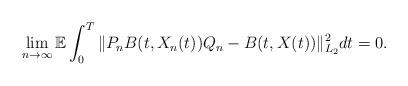
LaTeX: \begin{align*}\lim_{n\rightarrow\infty}\mathbb{E}\int_0^{T} \Vert P_n B(t,X_n(t))Q_n - B(t, X(t)) \Vert_{L_2}^2 dt = 0 .\end{align*}